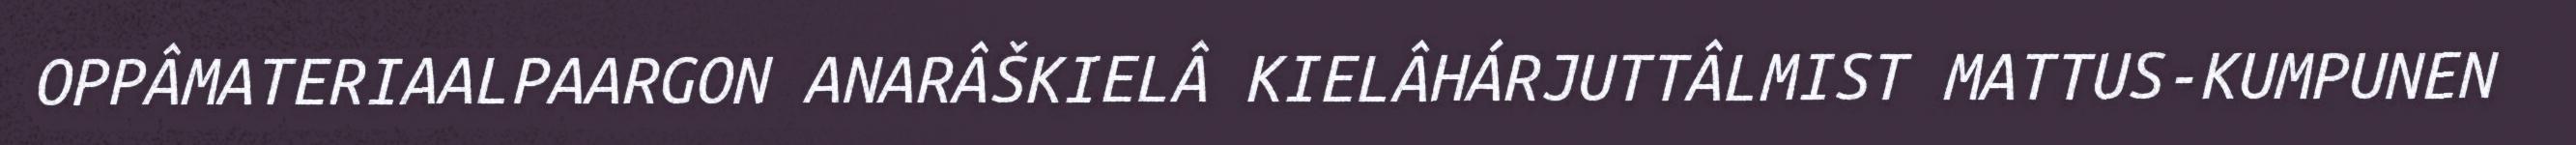
OPPÂMATERIAALPAARGON ANARÂŠKIELÂ KIELÂHÁRJUTTÂLMIST MATTUS-KUMPUNEN